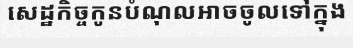
សេដ្ឋកិច្ចកូនបំណុលអាចចូលទៅក្នុង